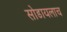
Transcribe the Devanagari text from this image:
सोडायलाच